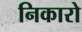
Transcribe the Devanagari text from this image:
निकारो